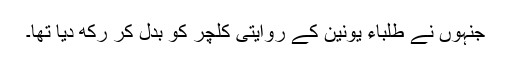
جنہوں نے طلباء یونین کے روایتی کلچر کو بدل کر رکھ دیا تھا۔